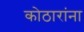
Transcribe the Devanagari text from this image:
कोठारांना